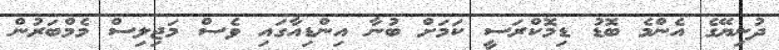
ދުނިޔޭގެ އެންމެ ބޮޑު ޑިމޮކްރަސީ ކަމަށް ބުނާ އިންޑިއާގައި ވެސް މަޖިލިސް މެމްބަރުން